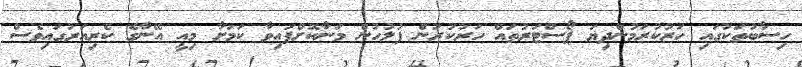
ހިސާބުތަކުގައި ހަރުކުރަމުންދިޔަ ޕޯސްޓަރުތައް ހަރުކުރުން ފުލުހުން މަނާކޮށްފައިވާ ކަމަށާ މިއީ އޭނާގެ ކެރިއަރުގައިވެސް